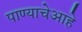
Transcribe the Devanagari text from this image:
पाण्याचेआहे